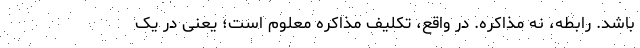
باشد. رابطه، نه مذاکره. در واقع، تکلیف مذاکره معلوم است؛ یعنی در یک